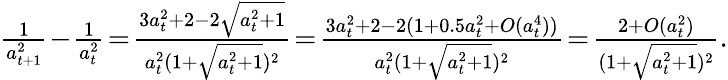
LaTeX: \begin{array}{r}{\frac{1}{a_{t+1}^{2}}\! -\! \frac{1}{a_{t}^{2}}\! =\! \frac{3a_{t}^{2}+2-2\sqrt{a_{t}^{2}+1}}{a_{t}^{2}(1+\sqrt{a_{t}^{2}+1})^{2}}\! =\! \frac{3a_{t}^{2}+2-2(1+0.5a_{t}^{2}+O(a_{t}^{4}))}{a_{t}^{2}(1+\sqrt{a_{t}^{2}+1})^{2}}\! =\! \frac{2+O(a_{t}^{2})}{(1+\sqrt{a_{t}^{2}+1})^{2}}.}\end{array}